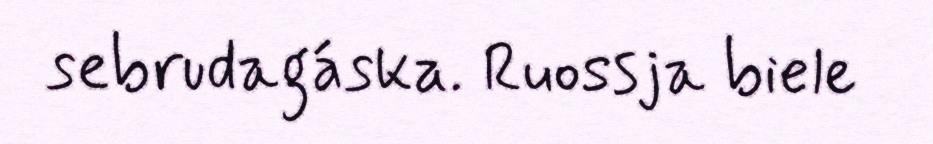
sebrudagáska. Ruossja biele